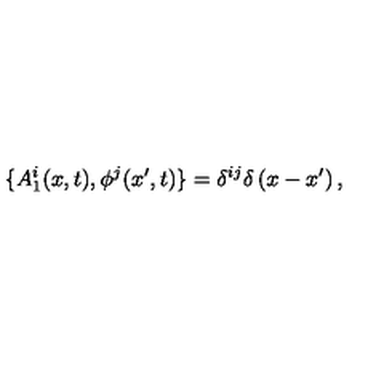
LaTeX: \{ A _ { 1 } ^ { i } ( x , t ) , \phi ^ { j } ( x ^ { \prime } , t ) \} = \delta ^ { i j } \delta \left( x - x ^ { \prime } \right) ,